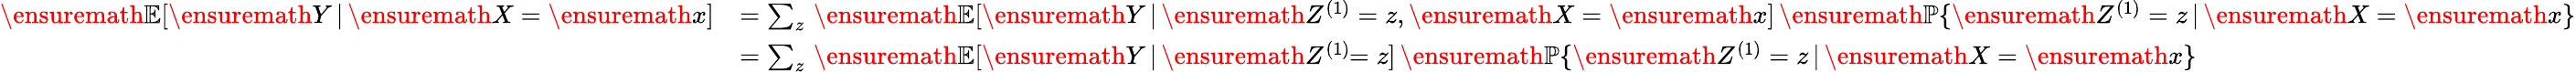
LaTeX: \begin{array}{rl}{\ensuremath{\mathbb E}[\ensuremath{Y}\, |\, \ensuremath{X}=\ensuremath{x}]}&{=\sum_{z}\, \ensuremath{\mathbb E}[\ensuremath{Y}\, |\, \ensuremath{Z}^{(1)}=z,\ensuremath{X}=\ensuremath{x}]\, \ensuremath{\mathbb P}\{ \ensuremath{Z}^{(1)}=z\, |\, \ensuremath{X}=\ensuremath{x}\} }\\ &{=\sum_{z}\, \ensuremath{\mathbb E}[\ensuremath{Y}\, |\, \ensuremath{Z}^{(1)}\! \! =z]\, \ensuremath{\mathbb P}\{ \ensuremath{Z}^{(1)}=z\, |\, \ensuremath{X}=\ensuremath{x}\} }\end{array}